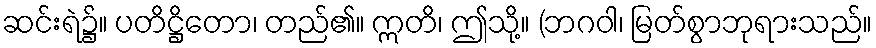
ဆင်းရဲ၌။ ပတိဋ္ဌိတော၊ တည်၏။ ဣတိ၊ ဤသို့။ (ဘဂဝါ၊ မြတ်စွာဘုရားသည်။